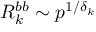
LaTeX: R _ { k } ^ { b b } \sim p ^ { 1 / \delta _ { k } }